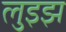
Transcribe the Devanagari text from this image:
लुइझ